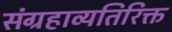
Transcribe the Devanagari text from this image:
संग्रहाव्यतिरिक्त